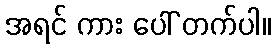
အရင် ကား ပေါ် တက်ပါ။